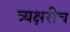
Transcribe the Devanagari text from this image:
त्र्यक्षरीच